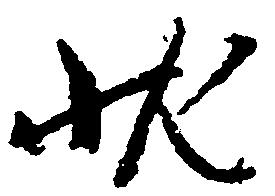
状